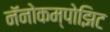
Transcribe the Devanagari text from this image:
नॅनोकम्पोझिट